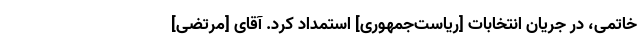
خاتمی، در جریان انتخابات [ریاست‌جمهوری] استمداد کرد. آقای [مرتضی]